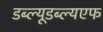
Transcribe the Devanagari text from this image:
डब्ल्यूडब्ल्यएफ